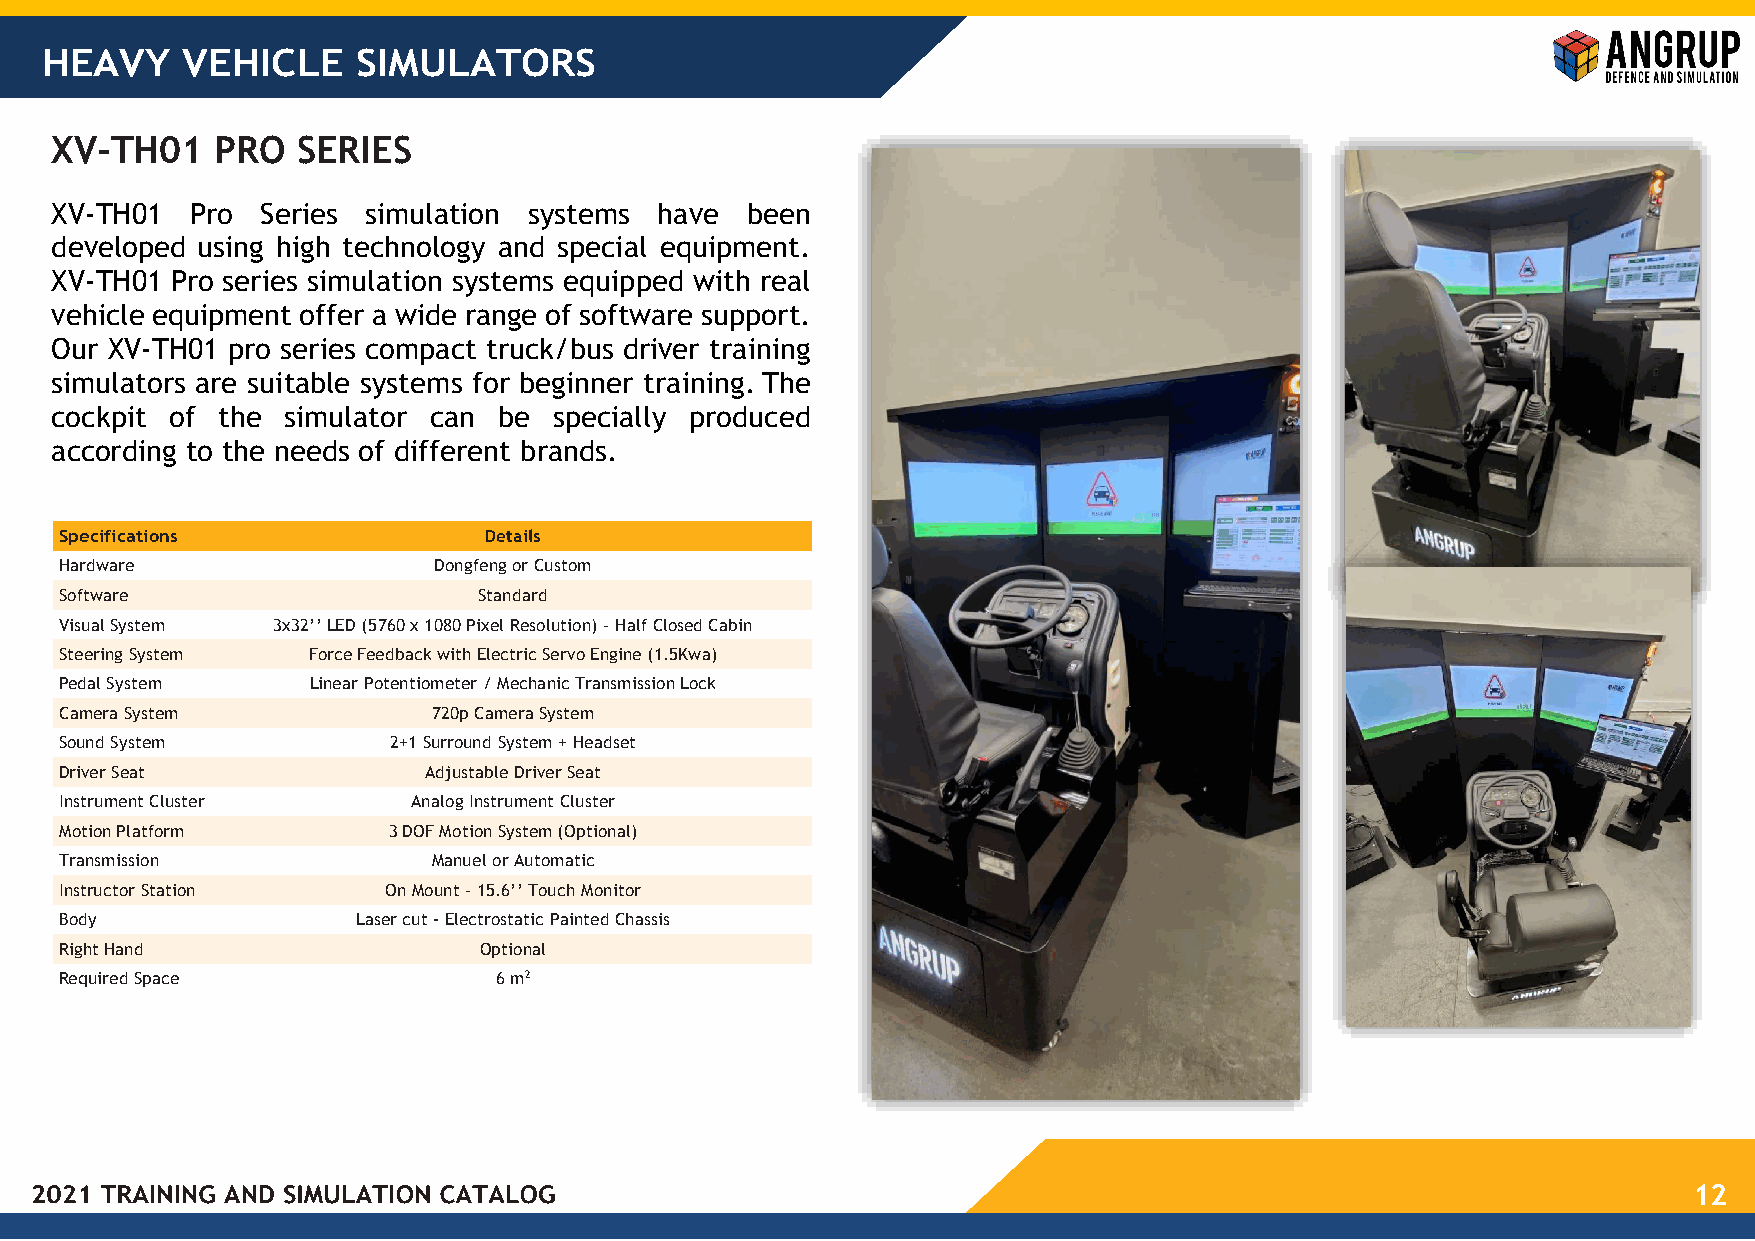
HEAVY    VEHICLE     SIMULATORS
 XV-TH01    PRO   SERIES
 XV-TH01   Pro Series simulation systems  have been
 developed using high technology and special equipment.
 XV-TH01 Pro series simulation systems equipped with real
 vehicle equipment offer a wide range of software support.
 Our XV-TH01 pro series compact truck/bus driver training
 simulators are suitable systems for beginner training. The
 cockpit of the  simulator can be  specially produced
 according to the needs of different brands.
 Specifications              Details
 Hardware                 Dongfeng or Custom
 Software                    Standard
 Visual System 3x32’’ LED (5760 x 1080 Pixel Resolution) – Half Closed Cabin
 Steering System Force Feedback with Electric Servo Engine (1.5Kwa)
 Pedal System     Linear Potentiometer / Mechanic Transmission Lock
 Camera System            720p Camera System
 Sound System          2+1 Surround System + Headset
 Driver Seat             Adjustable Driver Seat
 Instrument Cluster     Analog Instrument Cluster
 Motion Platform       3 DOF Motion System (Optional)
 Transmission             Manuel or Automatic
 Instructor Station    On Mount – 15.6’’ Touch Monitor
 Body                Laser cut - Electrostatic Painted Chassis
 Right Hand                  Optional
 Required Space               6 m2
 12